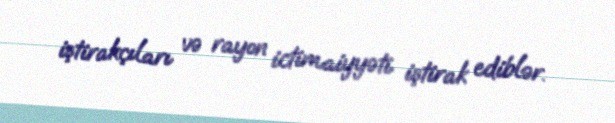
iştirakçıları və rayon ictimaiyyəti iştirak ediblər.